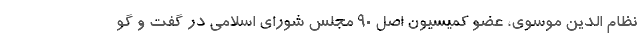
نظام الدین موسوی، عضو کمیسیون اصل ۹۰ مجلس شورای اسلامی در گفت و گو